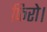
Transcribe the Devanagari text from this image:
फिरो।